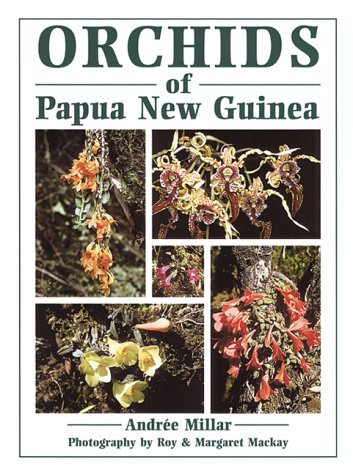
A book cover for Orchids of Papua New Guinea; Andree Millar; History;